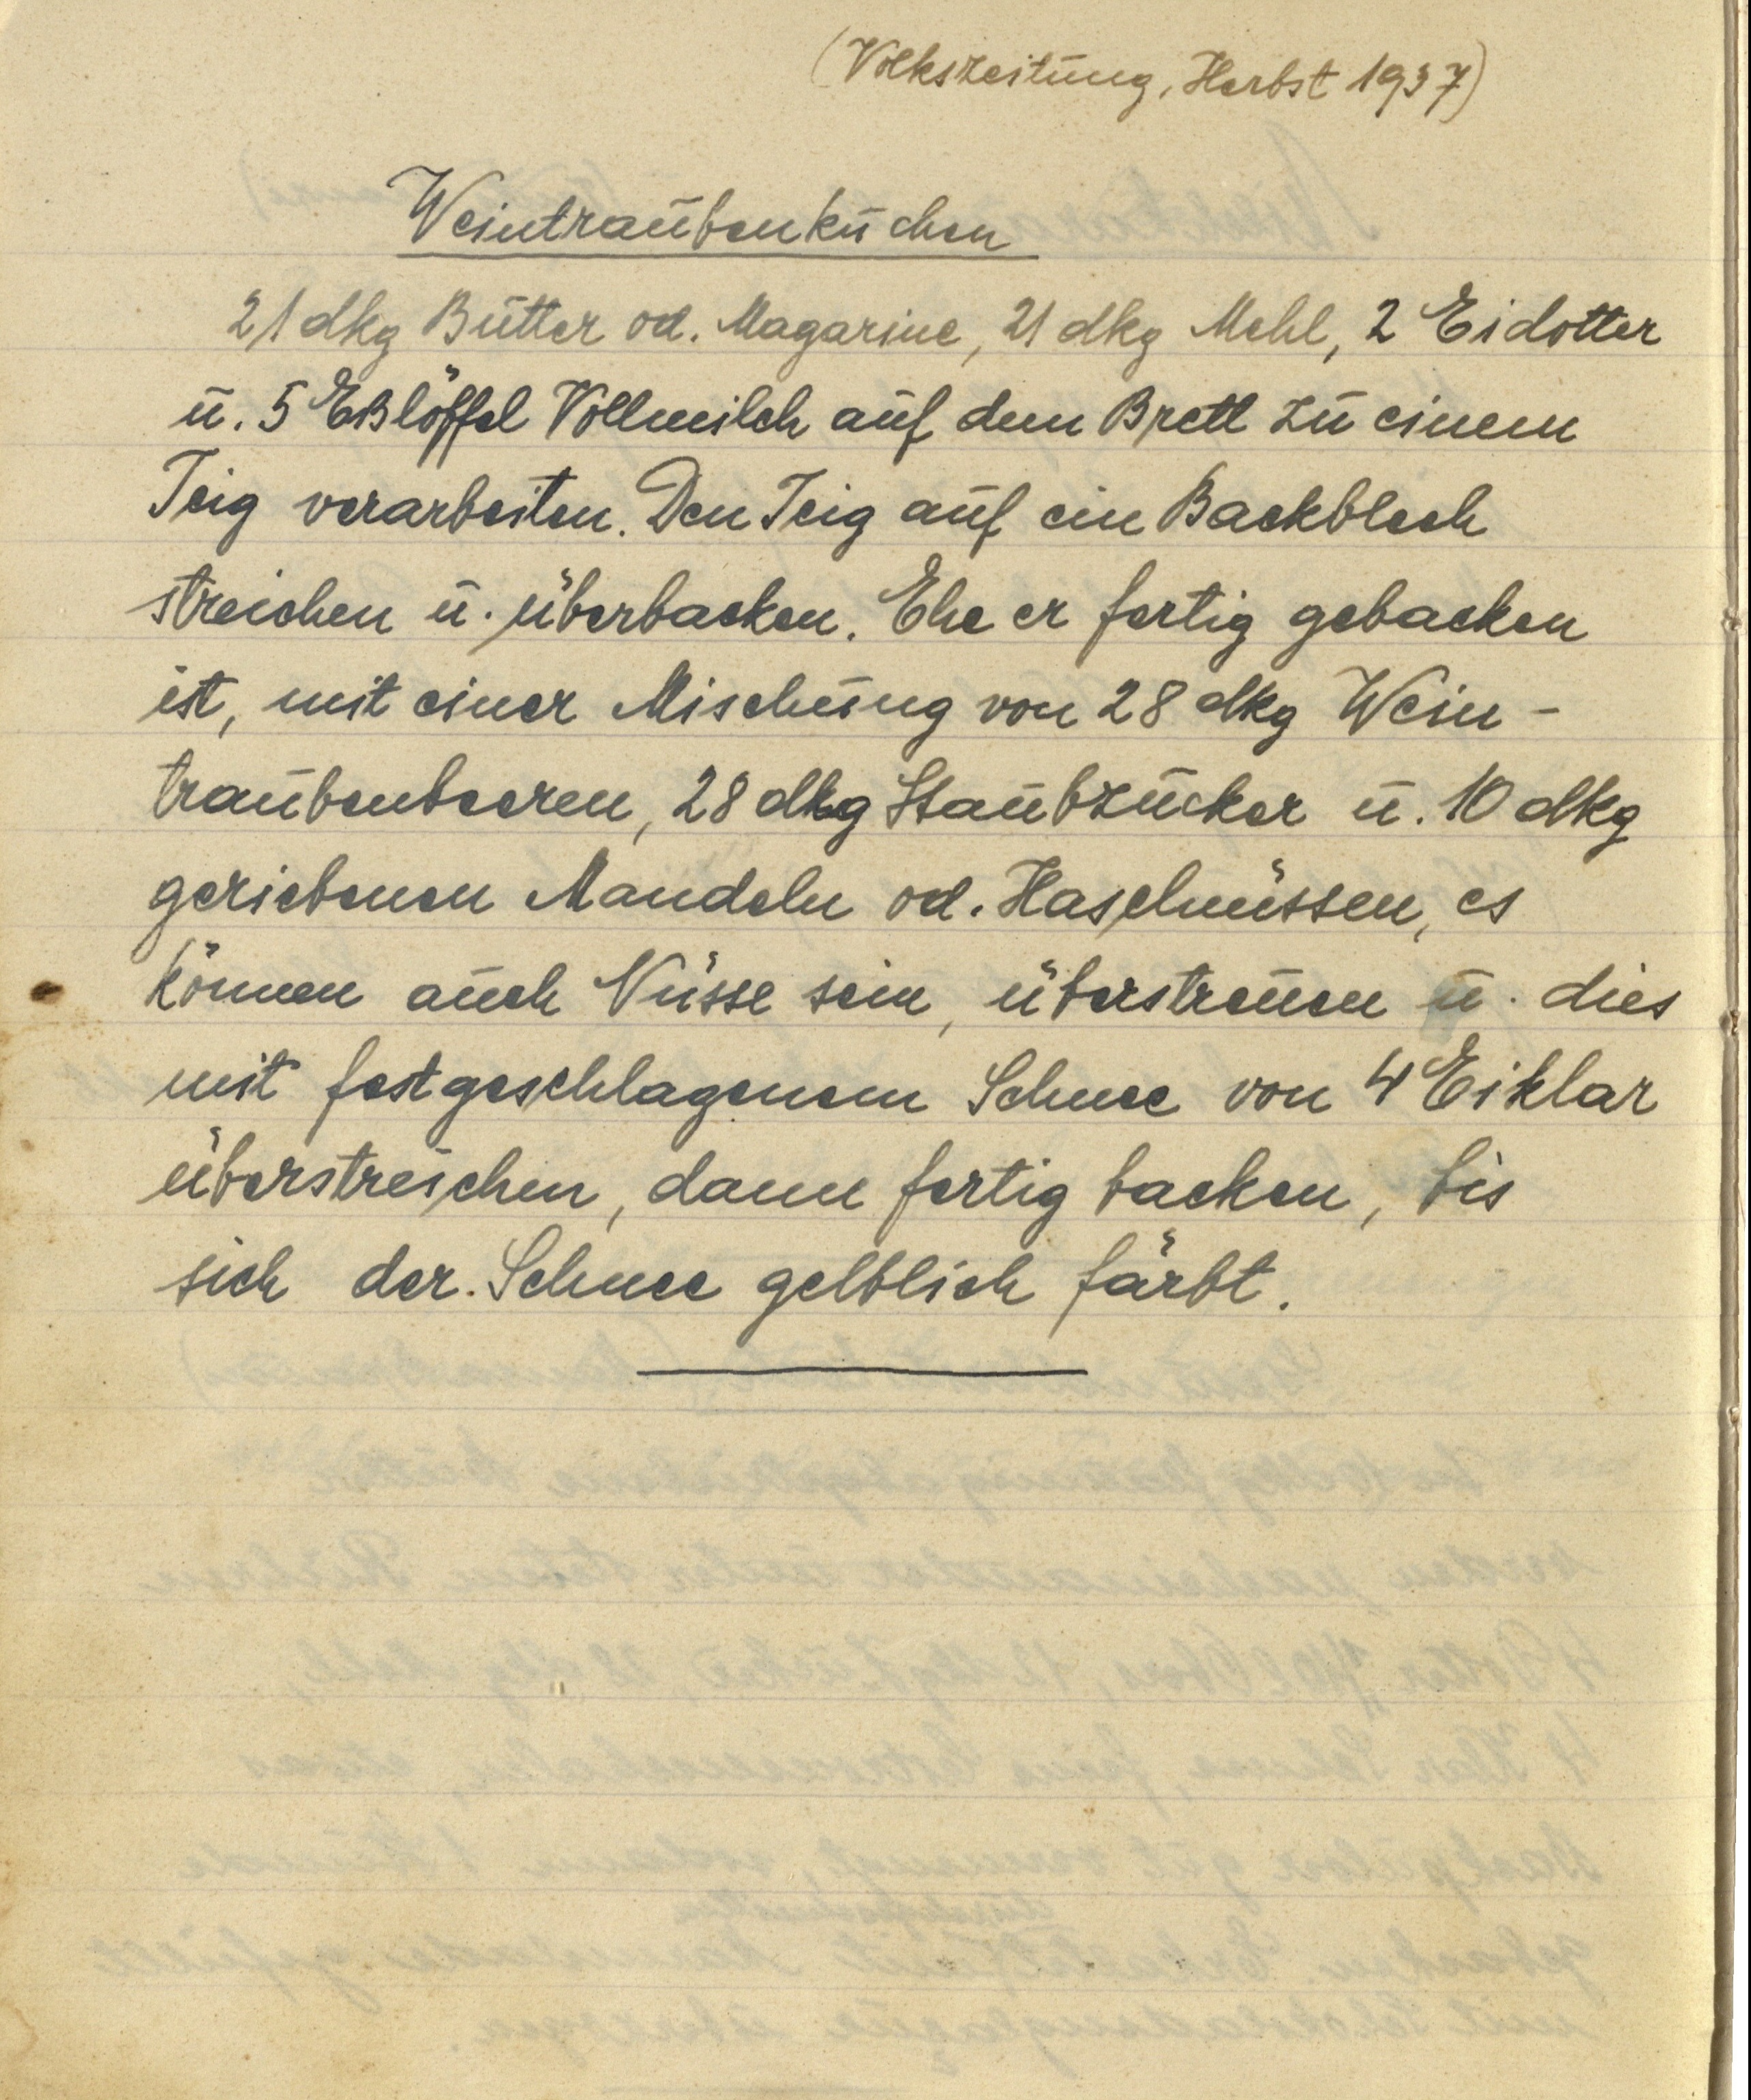
(Volkszeitung, Herbst 1937)

Weintraubenkuchen
21 dkg Butter od. Magarine, 21 dkg Mehl, 2 Eidotter
u. 5 Eßlöffel Vollmilch auf dem Brett zu einem
Teig verarbeiten. Den Teig auf ein Backblech
streichen u. überbacken. Ehe er fertig gebacken
ist, mit einer Mischung von 28 dkg Wein¬
traubenbeeren, 28 dkg Staubzucker u. 10 dkg
geriebenen Mandeln od. Haselnüssen, es
können auch Nüsse sein, überstreuen u. dies
mit festgeschlagenem Schnee von 4 Eiklar
überstreichen, dann fertig backen, bis
sich der Schnee gelblich färbt.